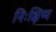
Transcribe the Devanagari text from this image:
निःक्षिप्य